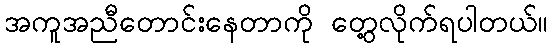
အကူအညီတောင်းနေတာကို တွေ့လိုက်ရပါတယ်။